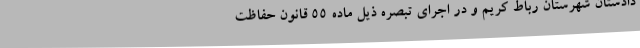
دادستان شهرستان رباط کریم و در اجرای تبصره ذیل ماده 55 قانون حفاظت